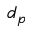
d _ { p }